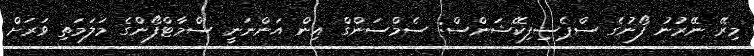
މިރޭ ނޭރުނު ފޯނުގެ ސްޕެސިފިކޭޝަންސް: ސެމްސަންގް އިން އަންނަނީ ސްމާޓްފޯންގެ މަލަމަތި ވަރަށް